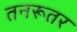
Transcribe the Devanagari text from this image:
तनरूतर